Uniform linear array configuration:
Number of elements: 64
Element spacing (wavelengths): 0.25
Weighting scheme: blackman
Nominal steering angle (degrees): -45
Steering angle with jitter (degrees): -46.991
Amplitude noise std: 0.05
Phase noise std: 0.05

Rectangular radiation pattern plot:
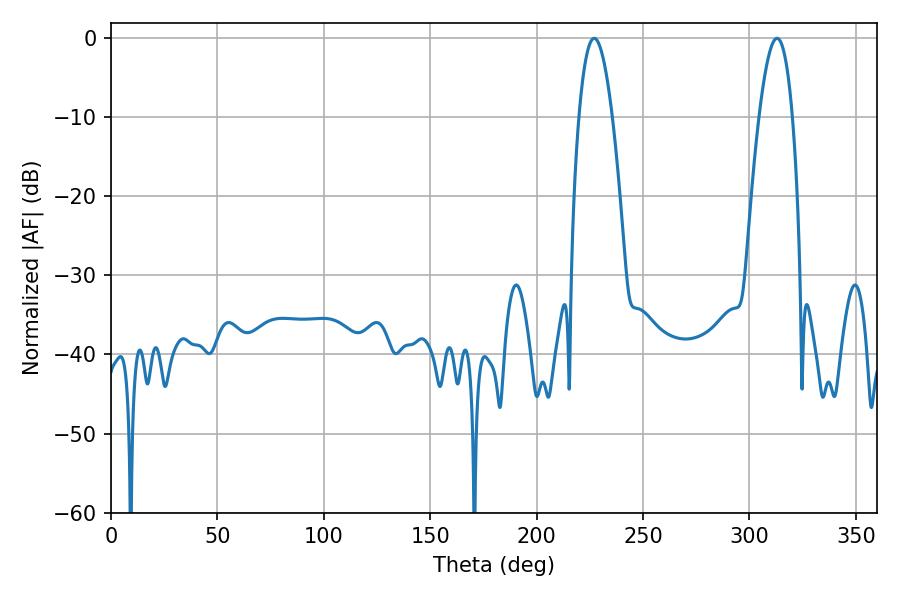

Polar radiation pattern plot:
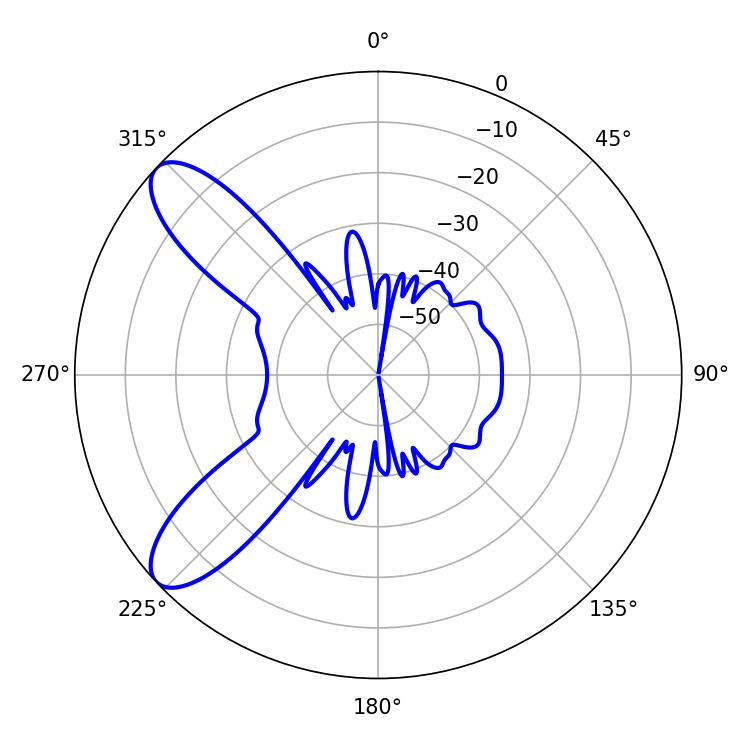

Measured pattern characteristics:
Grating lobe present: FALSE
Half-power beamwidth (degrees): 8.46
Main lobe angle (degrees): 226.98